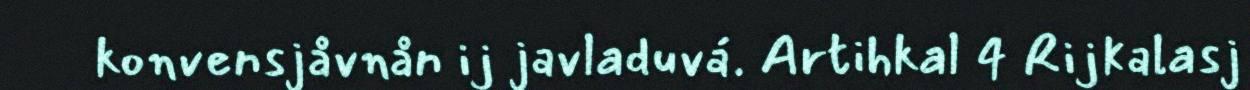
konvensjåvnån ij javladuvá. Artihkal 4 Rijkalasj